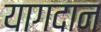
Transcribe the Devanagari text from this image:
यागदान